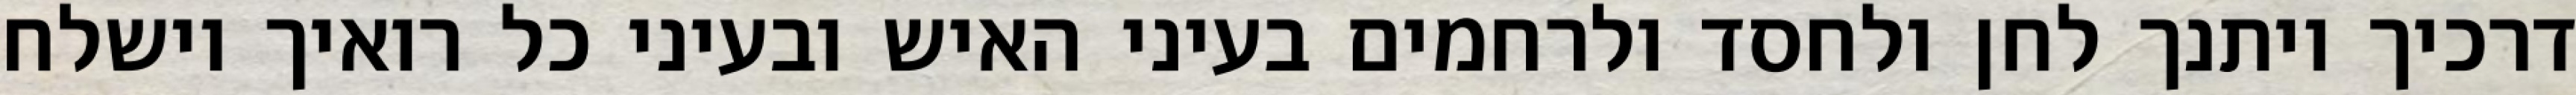
דרכיך ויתנך לחן ולחסד ולרחמים בעיני האיש ובעיני כל רואיך וישלח